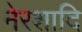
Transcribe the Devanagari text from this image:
नेरशादि